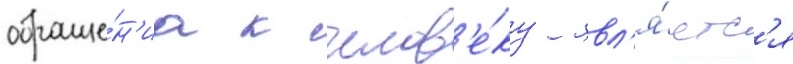
обраще́н'иа к челов'е́ку явл'я́етс'я